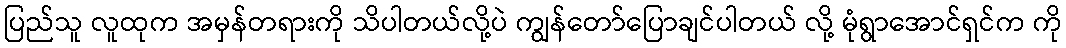
ပြည်သူ လူထုက အမှန်တရားကို သိပါတယ်လို့ပဲ ကျွန်တော်ပြောချင်ပါတယ် လို့ မုံရွာအောင်ရှင်က ကို